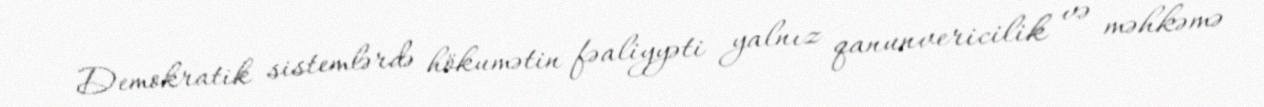
Demokratik sistemlərdə hökumətin fəaliyyəti yalnız qanunvericilik və məhkəmə